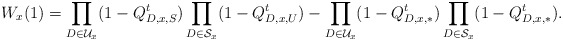
\begin{align*}W_x(1)&=\prod_{D\in\mathcal{U}_{x}}(1- Q_{D,x,S}^t)\prod_{D\in\mathcal{S}_{x}}(1- Q_{D,x,U}^t)-\prod_{D\in\mathcal{U}_{x}}(1- Q_{D,x,*}^t)\prod_{D\in\mathcal{S}_{x}}(1- Q_{D,x,*}^t).\end{align*}